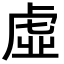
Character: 虛